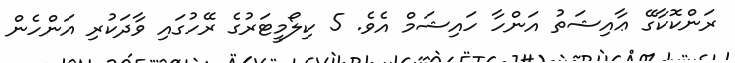
ރަންކޮކާގޭ ޢާއިޝަތު އަންހާ ހައިޝަމް އެވެ. 5 ކިލޯމީޓަރުގެ ރޭހުގައި ވާދަކުރި އަންހެން